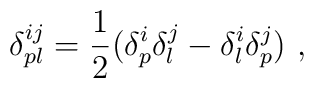
\delta_{pl} ^{ij}={1\over2} (\delta_p^i \delta_l^j - \delta_l^i \delta_p^j)\ ,